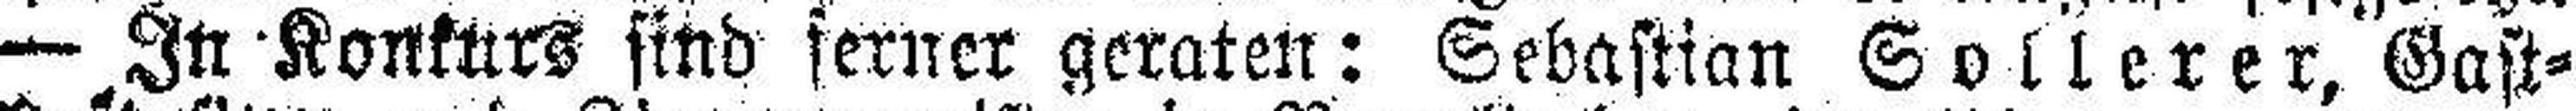
— In Konkurs sind ferner geraten: Sebastian Sollerer, Gast¬